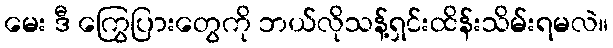
မေး ဒီ ကြွေပြားတွေကို ဘယ်လိုသန့်ရှင်းထိန်းသိမ်းရမလဲ။